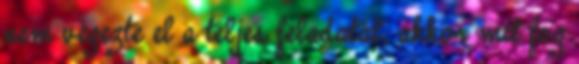
nem végezte el a teljes feladatát, akkor mit fog